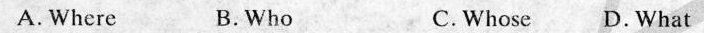
A.Where B.Who C.Whose D.What